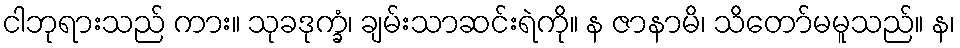
ငါဘုရားသည် ကား။ သုခဒုက္ခံ၊ ချမ်းသာဆင်းရဲကို။ န ဇာနာမိ၊ သိတော်မမူသည်။ န၊